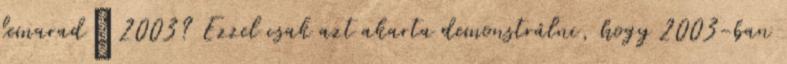
lemarad” 2003? Ezzel csak azt akarta demonstrálni, hogy 2003-ban